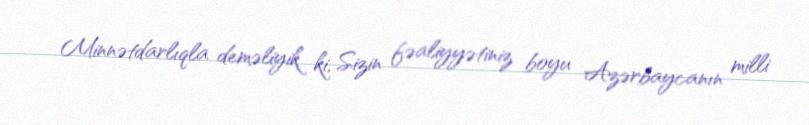
Minnətdarlıqla deməliyik ki, Sizin fəaliyyətiniz boyu Azərbaycanın milli